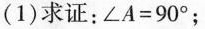
(1)求证：$$∠ A = 9 0 °$$；